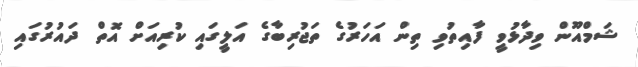
ޝަމްއޫން ވިދާޅުވީ ފާއިތުވި ތިން އަހަރުގެ ތަޖުރިބާގެ އަލީގައި ކުރިއަށް އޮތް ދައުރުގައި